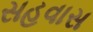
સહવાસ